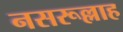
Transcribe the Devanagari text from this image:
नसरूल्लाह